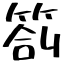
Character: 箚